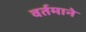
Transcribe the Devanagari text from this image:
वर्तमाने